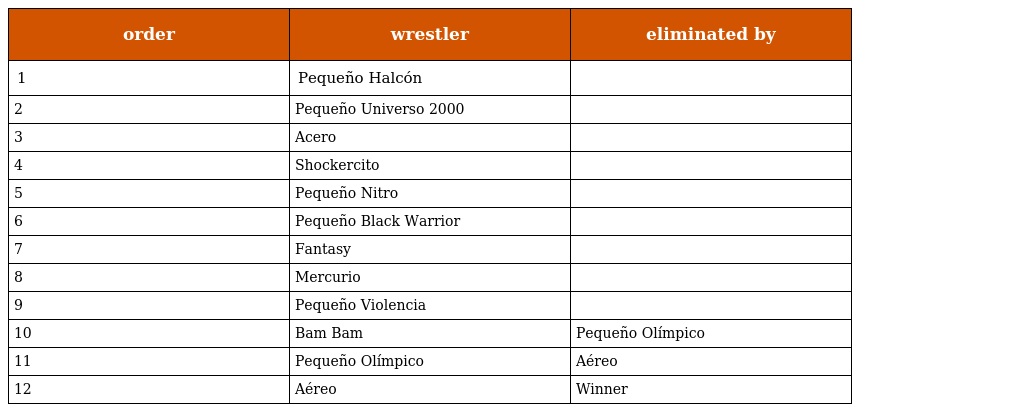
| order | wrestler | eliminated by |
 | --- | --- | --- |
 | 1 | Pequeño Halcón |  |
 | 2 | Pequeño Universo 2000 |  |
 | 3 | Acero |  |
 | 4 | Shockercito |  |
 | 5 | Pequeño Nitro |  |
 | 6 | Pequeño Black Warrior |  |
 | 7 | Fantasy |  |
 | 8 | Mercurio |  |
 | 9 | Pequeño Violencia |  |
 | 10 | Bam Bam | Pequeño Olímpico |
 | 11 | Pequeño Olímpico | Aéreo |
 | 12 | Aéreo | Winner |